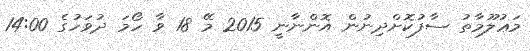
މަޢުލޫމާތު ސާފުކޮށްދިނުން އޮންނާނީ 2015 މޭ 18 ވާ ހޯމަ ދުވަހުގެ 14:00